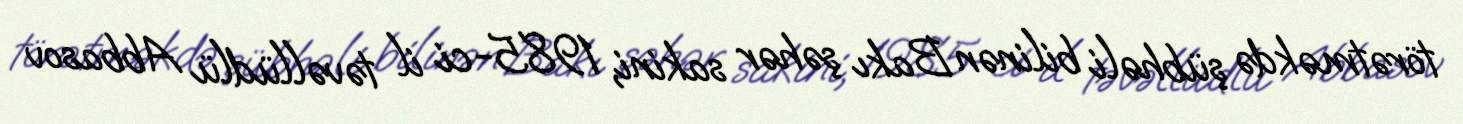
törətməkdə şübhəli bilinən Bakı şəhər sakini, 1985-ci il təvəllüdlü Abbasov